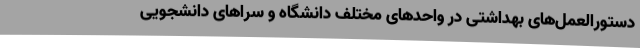
دستورالعمل‌های بهداشتی در واحدهای مختلف دانشگاه و سراهای دانشجویی